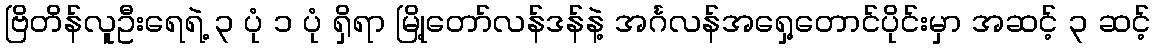
ဗြိတိန်လူဦးရေရဲ့ ၃ ပုံ ၁ ပုံ ရှိရာ မြို့တော်လန်ဒန်နဲ့ အင်္ဂလန်အရှေ့တောင်ပိုင်းမှာ အဆင့် ၃ ဆင့်